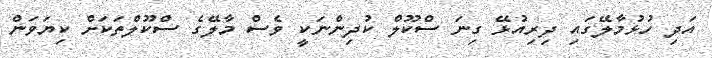
އަދި ހުޅުމާލޭގައި ދިރިއުޅޭ ގިނަ ސްކޫލް ކުދިންނަކީ ވެސް މާލޭގެ ސްކޫލްތަކަށް ކިޔަވަން